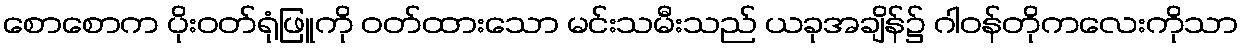
စောစောက ပိုးဝတ်ရုံဖြူကို ဝတ်ထားသော မင်းသမီးသည် ယခုအချိန်၌ ဂါဝန်တိုကလေးကိုသာ